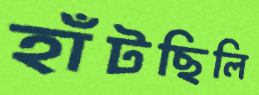
হাঁটছিলি